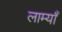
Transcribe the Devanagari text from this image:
लाम्याँ